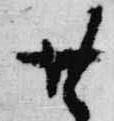
廿